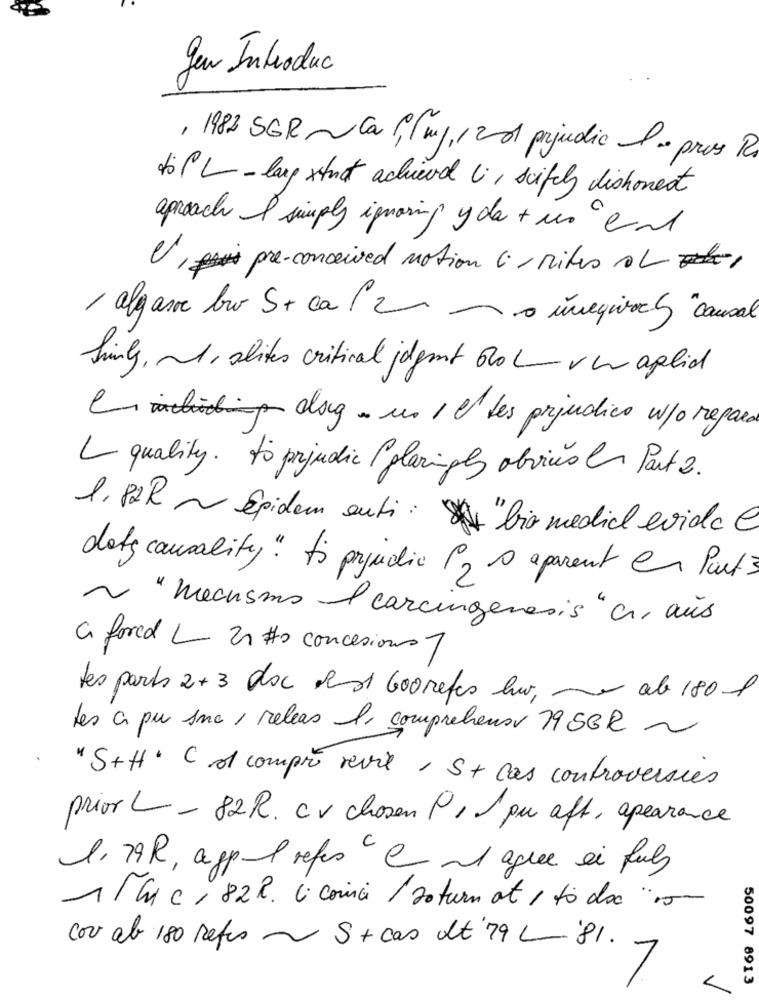
gen Introduc
, 1982 SGR ~Callmy,1 201 prejudic I . pros Rs
toPL_ lang struct achievel li, seifely dishonest
aproach I simply ignoring y da + un emd
Ul,pre-conceived notion 6 - Mites
/ algarve bro S + ca 1 2 - o unegivry "causal
hinly , ~ 1 , alites critical jdgmt 600 Lv un aglid
Ci mbidiop dag. un 1 c' des prejudico w/o repara
L quality . to perjudic (glaringly obvio er Part 2 .
1. 82 R ~ Epidem enti : " bio media evida e
det causality " to prejudic 9, @ aparent en Punt 3
" Mechsms I carcinogenesis " er aus
C. fored L 21 Ho concesions 7
Les parts 2+ 3 doc best 600 refes bar, - ab 180
Les a pu sna , releas l' compreheuss 79 SGR ~
" S+H. C 01 compré revie , S+ cas controversies
prior L - 82R. Cv chosen P, pu aft, apearance
1. 79R, aggml refus "e ml agree a fuly
1/hc , 82 R. C. comici / saturn at 1 to do"15
con ab 180 Refus ~ S + cas dt 79 L- 81.
7
50097 8913